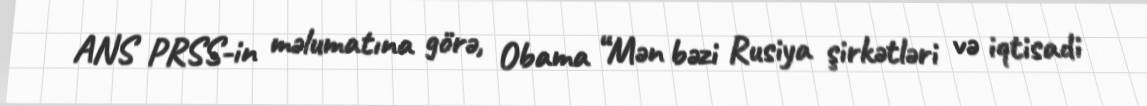
ANS PRSS-in məlumatına görə, Obama “Mən bəzi Rusiya şirkətləri və iqtisadi